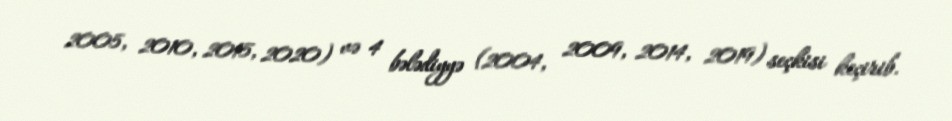
2005, 2010, 2015, 2020) və 4 bələdiyyə (2004, 2009, 2014, 2019) seçkisi keçirib.